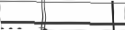
-